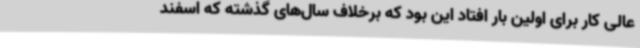
عالی کار برای اولین بار افتاد این بود که برخلاف سال‌های گذشته که اسفند